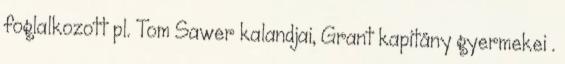
foglalkozott pl. Tom Sawer kalandjai, Grant kapitány gyermekei .